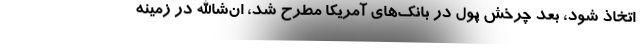
اتخاذ شود، بعد چرخش پول در بانک‌های آمریکا مطرح شد، ان‌شاالله در زمینه